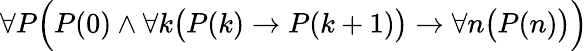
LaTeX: \displaystyle\forall P{\Bigl(}P(0)\land\forall k{\bigl(}P(k)\to P(k+1){\bigr)}\to\forall n{\bigl(}P(n){\bigr)}{\Bigr)}